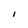
Character: I